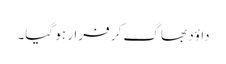
داؤد بھا گ کر فرار ہو گیا۔